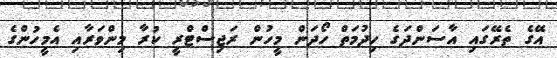
އޭގެ ތެރޭގައި އާސަންދަގެ ހިދުމަތް ހޯދަން މީހުން ރަޖިސްޓްރީ ކުރާ މިންވަރާއި އެމީހުންގެ